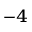
^ { - 4 }